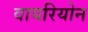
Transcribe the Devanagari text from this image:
वायरियोन